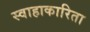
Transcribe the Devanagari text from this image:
स्वाहाकारिता